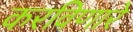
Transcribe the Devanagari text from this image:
करविणारे